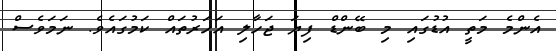
އެންމެ މަތީ އުޑުގައި މި ބޭންޑް ފިޔަ ޖަހާލި އަހަރުތައް ކަމުގައެވެ. ނަމަވެސް